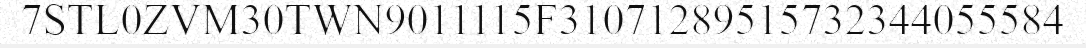
7STL0ZVM30TWN9011115F31071289515732344055584